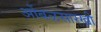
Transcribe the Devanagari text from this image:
आेंबळसारखी